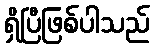
ရှိပြီဖြစ်ပါသည်